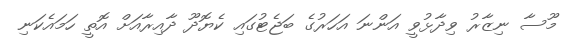
މޫސާ ނިޒާރު ވިދާޅުވީ އަންނަ އަހަރުގެ ބަޖެޓުގައި ކެޔޮދޫ ދާއިރާއަށް އޮތީ ހަމައެކަނި